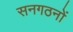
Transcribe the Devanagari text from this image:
सनगठनों